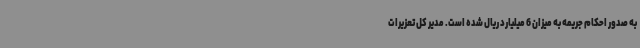
به صدور احکام جریمه به میزان 6 میلیارد ریال شده است. مدیر کل تعزیرات